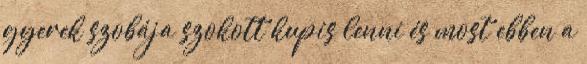
gyerek szobája szokott kupis lenni és most ebben a